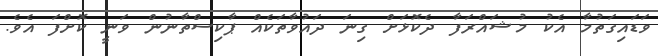
ވަޑައިގަތުމާ އެކު މުޝައްރަފާ ދެކޮޅަށް ގިނަ ދައުވާތަކެއް ޕާކިސްތާނުން ވަނީ ކޮށްފަ އެވެ.